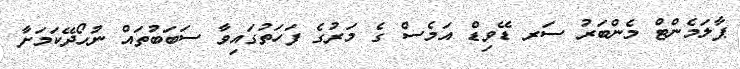
ޕާލަމެންޓް މެންބަރު ސަރ ޑޭވިޑް އަމެސް ގެ މަރުގެ ފަހަތުގައިވާ ސަބަބުތައް ނުހޯދޭކަމަށާ